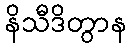
နိသီဒိတွာန